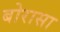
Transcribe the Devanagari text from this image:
बोरासा